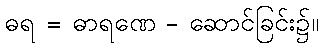
ဓရ = ဓာရဏေ - ဆောင်ခြင်း၌။